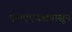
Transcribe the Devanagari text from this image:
एलएएक्सपासून